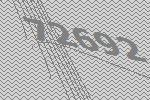
72692